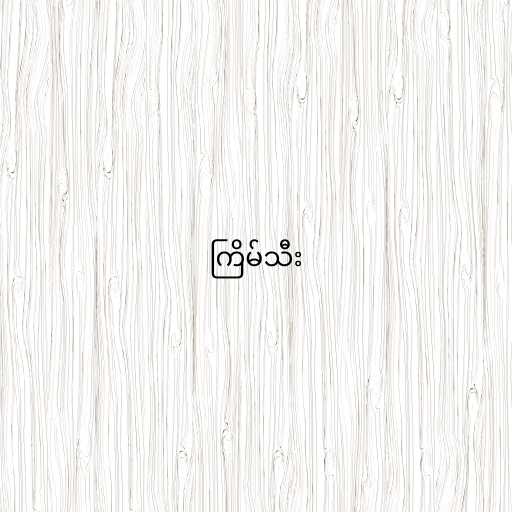
ကြိမ်သီး